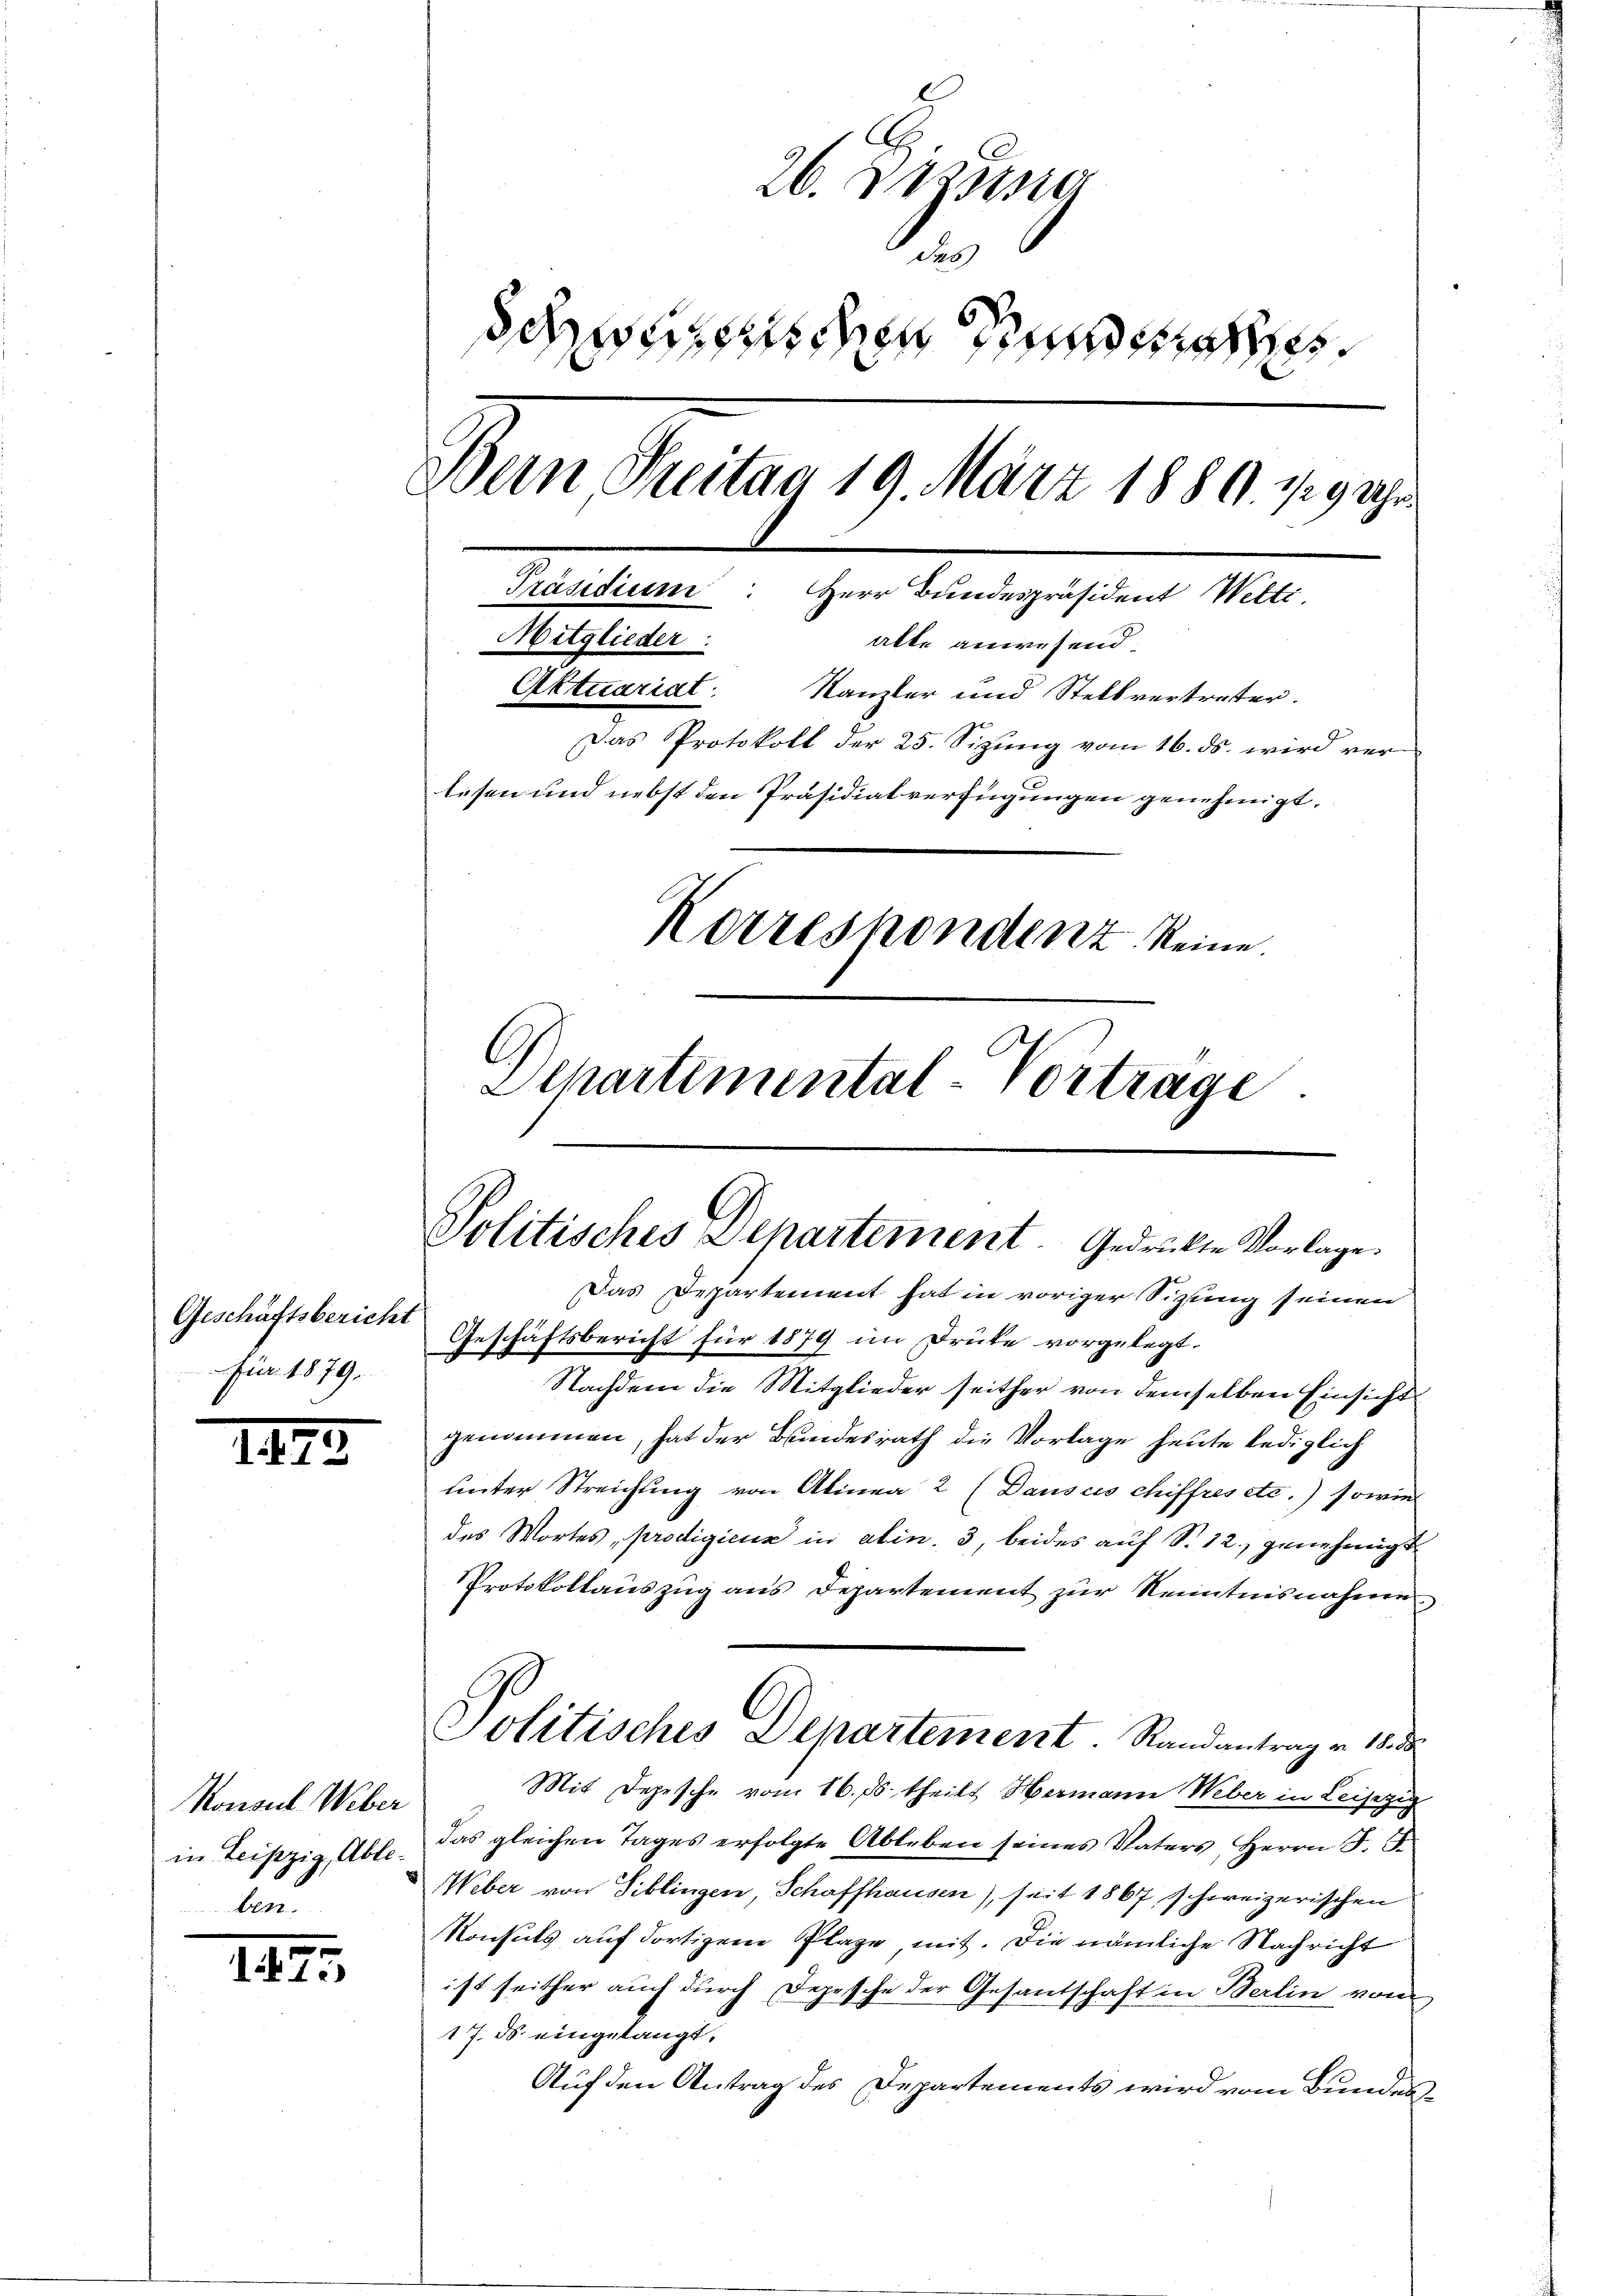
Geschäftsbericht
für 1879.

147

Konsul Weber
in Leipzig, Ablelen.

.
15

26. D. Rena
u
Schwerzeichen die
Dein Seitag 19. März 1889. 129 Uhr.
Präsidium: Herr Bundespräsident Welti.
Mitglieder:
alte anwesend.
Aktuariat Kanzler und Stellvertreter.
Das Protokoll der 25. Sizung vom 16. ds. wird verlesen und nebst den Präsidialverfügungen genehmigt,
Korrespondenz keine.
Schartemental-Vortrage

Politisches Departement. Gedrückte Vorlage.

Politisches Departement. Randantrag v. 18. d

Das Departement hat in voriger Sitzung seinen
Geschäftsbericht für 1879 im Druke vorgelegt.
Nachdem die Mitglieder seither von demselben Einsicht
genommen, hat der Bundesrath die Vorlage heute lediglich
unter Streichung von Alinea 2 (Dauscio chiffres etc.) sowie
des Wortes, prodigienz in alin. 3, beides auf S. 12. genehmigt
Protokollauszug aus Departement zur Kenntnisnahme
Mit Depesche vom 16. ds. theilt Hermann Weber in Leisezig
das gleichen Tages erfolgte Ableben seines Vaters, Herrn F. J.
Weber von Tiblingen, Schaffhausen), seit 1867 schweizerischen
Konsuls auf dortigem Plaze, mit. Die nämliche Nachricht
ist seither auch durch Depesche der Gesantschaft in Berlin von
17. ds eingelangt.
Auf den Antrag des Departements wird vom Bundes¬